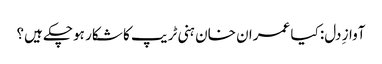
آوازِ دل: کیا عمران خان ہنی ٹریپ کا شکار ہوچکے ہیں؟